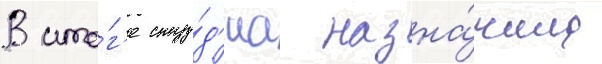
В ито́г'е сту́д'иа назна́чила